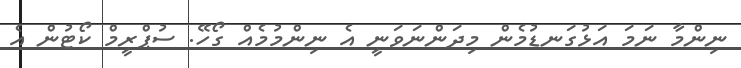
ނިންމާ ނަމަ އަޅުގަނޑުމެން މިދަންނަވަނީ އެ ނިންމުމެއް ގޯހޭ. ސުޕްރީމް ކޯޓުން އެ